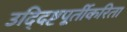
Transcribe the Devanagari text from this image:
उद्‍दिष्टपूर्तीकरिता